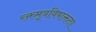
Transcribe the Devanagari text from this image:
रक्तमूत्रविषाक्तता